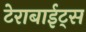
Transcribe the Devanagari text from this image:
टेराबाईट्स